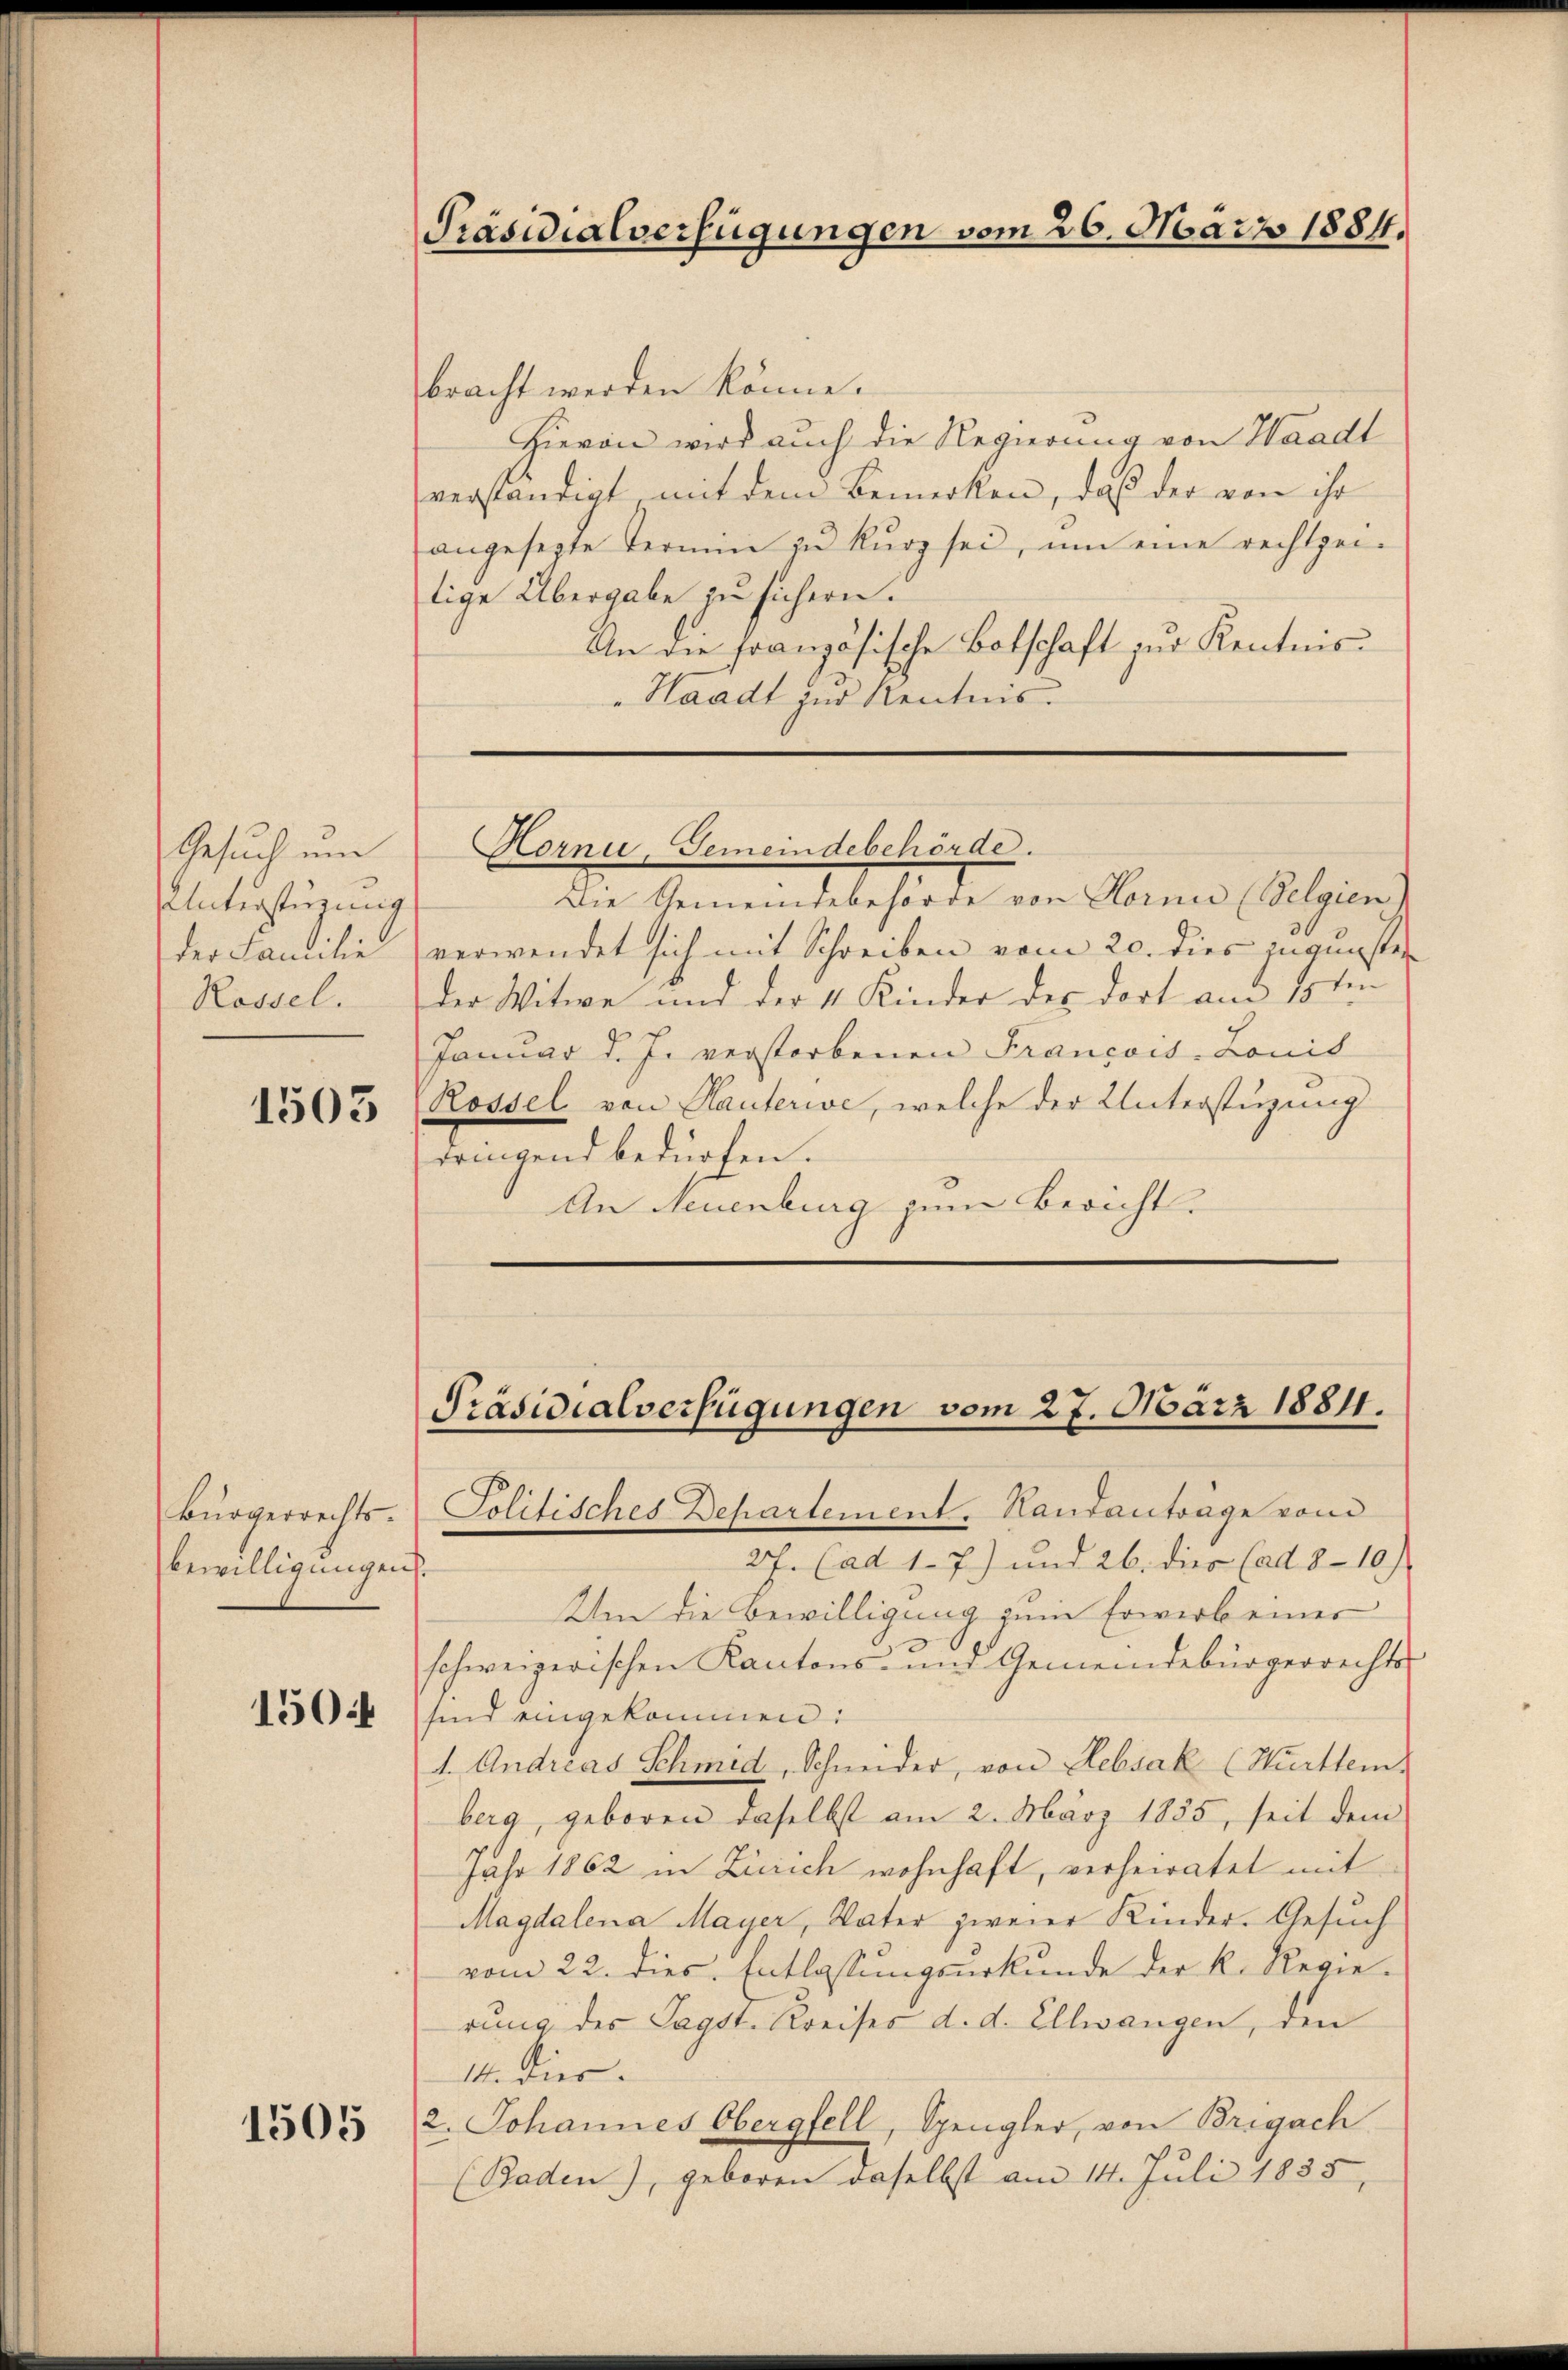
Gesuch um
UUnterstüzung
der Familie
Rossel.

1503

Bürgerrechtsbewilligungen

150:

1505

bracht werden könne.
Hievon wird auch die Regierung von Waadt
verständigt mit dem Bemerken, daß der von ihr
angesezte Termin zŭ kŭrz sei, um eine rechtge-
tige Übergabe zu sichern.
An die französische Botschaft zur Kenntnis¬
Waadt zur Kentnis.

Präsidialverfügungen vom 26. März 1884.

Korni, Gemeindebehörde.

Die Gemeindebehörde von Horni (Belgien
verwendet sich mit Schreiben vom 20. dies jugnister
der Witwe und der 4 Kinder des dort am 15ten
Januar d. J. verstorbenen Francois, Lonis
Rossel von Hauterie, welche der Unterstüzung
dringend bedürfen.
An Neuenburg zum Bericht.

Präsidialverfügungen vom 27. März 1884.

Politisches Departement. Hautantrage von
27. (ad 1. 7) und 26. dies (ad 8 - 10).
Um die Bewilligung zum Erwerb einer
schweizerischen Kantons- und Gemeindebürgerrechtes
sind eingekommen:
1. Andreas Schmid, Schneider, von Rebsak (Württem
berg, geboren daselbst am 2. März 1885, seit dem
Jahr 1862 in Zürich wohnhaft, verheiratet mit
Magdalena Mayer, Vater zweier Kinder-Gesuch
vom 22. dies. Entlassŭngsurkunde der K. Regie-
rung des Tagst. Kreises d. d. Ellwangen, den
14. Dies
2. Johannes Obergfell, Spengler, von Brigach
(Baden), geboren daselbst am 14. Juli 1835.